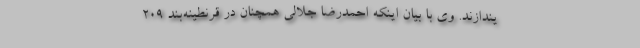
یندازند. وی با بیان اینکه احمدرضا جلالی همچنان در قرنطینه‌بند ۲۰۹